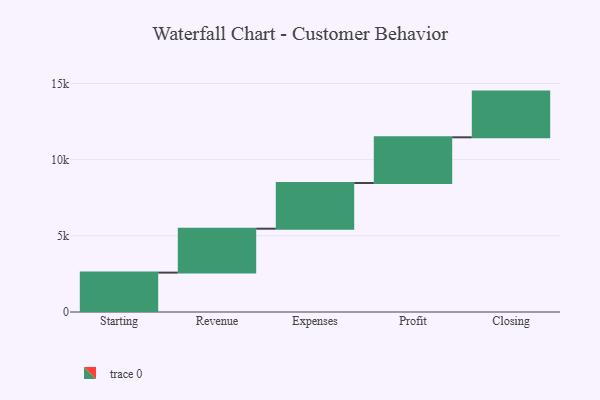
{"axis": {"x": "Step", "y": "Value"}, "legend": [""], "data": [{"x": "Starting", "y": 2585.0, "type": ""}, {"x": "Revenue", "y": 2883.0, "type": ""}, {"x": "Expenses", "y": 3000, "type": ""}, {"x": "Profit", "y": 3000, "type": ""}, {"x": "Closing", "y": 3000, "type": ""}]}